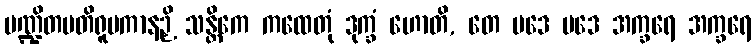
ပဏ္ဍိတပတိရူပကာနဉှိ သန္တိကေ ကထေတုံ ဒုက္ခံ ဟောတိ, တေ ပဒေ ပဒေ အက္ခရေ အက္ခရေ